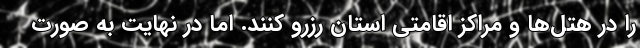
را در هتل‌ها و مراکز اقامتی استان رزرو کنند. اما در نهایت به صورت